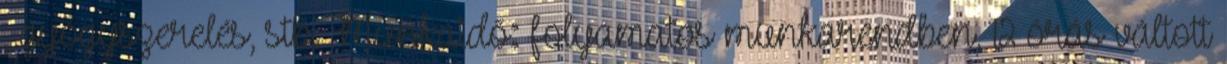
, gyógyszerelés, stb. Munkaidő: folyamatos munkarendben, 12 órás váltott